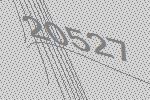
20527